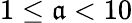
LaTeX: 1\leq\mathfrak{a}<10